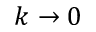
k \rightarrow 0